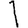
Digit: 1